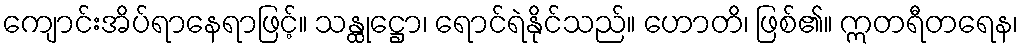
ကျောင်းအိပ်ရာနေရာဖြင့်။ သန္ထုဋ္ဌော၊ ရောင်ရဲနိုင်သည်။ ဟောတိ၊ ဖြစ်၏။ ဣတရီတရေန၊